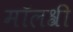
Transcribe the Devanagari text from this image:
मॉलश्री